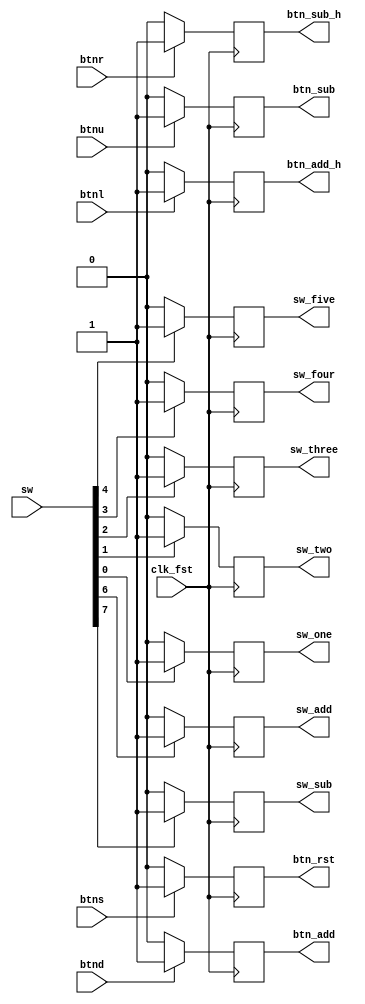
`timescale 1ns / 1ps
//////////////////////////////////////////////////////////////////////////////////
// Company: 
// Engineer: 
// 
// Design Name: 
// Module Name:    debouncer 
// Project Name: 
// Target Devices: 
// Tool versions: 
// Description: 
//
// Dependencies: 
//
// Revision: 
// Revision 0.01 - File Created
// Additional Comments: 
//
//////////////////////////////////////////////////////////////////////////////////
module debouncer(
	
	//INPUTS
	sw,
	btns,
	btnu,
	btnl,
	btnd,
	btnr,
	clk_fst,
	
	//OUTPUTS
	sw_sub,
	sw_add,
	sw_one,
	sw_two,
	sw_three,
	sw_four,
	sw_five,
	btn_rst,
	btn_sub,
	btn_sub_h,
	btn_add,
	btn_add_h

	);

	//INPUTS
	input [7:0] sw;
	input btns;
	input btnu;
	input btnl;
	input btnd;
	input btnr;
	input clk_fst;
	
	//OUTPUTS
	output reg sw_sub;
	output reg sw_add;
	output reg sw_one;
	output reg sw_two;
	output reg sw_three;
	output reg sw_four;
	output reg sw_five;
	output reg btn_rst;
	output reg btn_sub;
	output reg btn_sub_h;
	output reg btn_add;
	output reg btn_add_h;

	initial begin
		
		//OUTPUTS
		sw_sub = 0;
		sw_add = 0;
		sw_one = 0;
		sw_two = 0;
		sw_three = 0;
		sw_four = 0;
		sw_five = 0;
		btn_rst = 0;
		btn_sub = 0;
		btn_sub_h = 0;
		btn_add = 0;
		btn_add_h = 0;
	
	end
	
	always @(posedge clk_fst) begin
		
		if (sw[7] == 0) begin
			sw_sub = 0;
		end
		else begin
			sw_sub = 1;
		end
		
		if (sw[6] == 0) begin
			sw_add = 0;
		end
		else begin
			sw_add = 1;
		end
		
		if (sw[0] == 0) begin
			sw_one = 0;
		end
		else begin
			sw_one = 1;
		end
		
		if (sw[1] == 0) begin
			sw_two = 0;
		end
		else begin
			sw_two = 1;
		end
		
		if (sw[2] == 0) begin
			sw_three = 0;
		end
		else begin
			sw_three = 1;
		end
		
		if (sw[3] == 0) begin
			sw_four = 0;
		end
		else begin
			sw_four = 1;
		end
		
		if (sw[4] == 0) begin
			sw_five = 0;
		end
		else begin
			sw_five = 1;
		end
		
		if (btns == 0) begin
			btn_rst = 0;
		end
		else begin
			btn_rst = 1;
		end
		
		if (btnu == 0) begin
			btn_sub = 0;
		end
		else begin
			btn_sub = 1;
		end
		
		if (btnr == 0) begin
			btn_sub_h = 0;
		end
		else begin
			btn_sub_h = 1;
		end
		
		if (btnd == 0) begin
			btn_add = 0;
		end
		else begin
			btn_add = 1;
		end
		
		if (btnl == 0) begin
			btn_add_h = 0;
		end
		else begin
			btn_add_h = 1;
		end

	end
endmodule